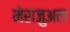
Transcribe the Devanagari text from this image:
मेराजुअल